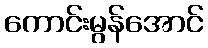
ကောင်းမွန်အောင်